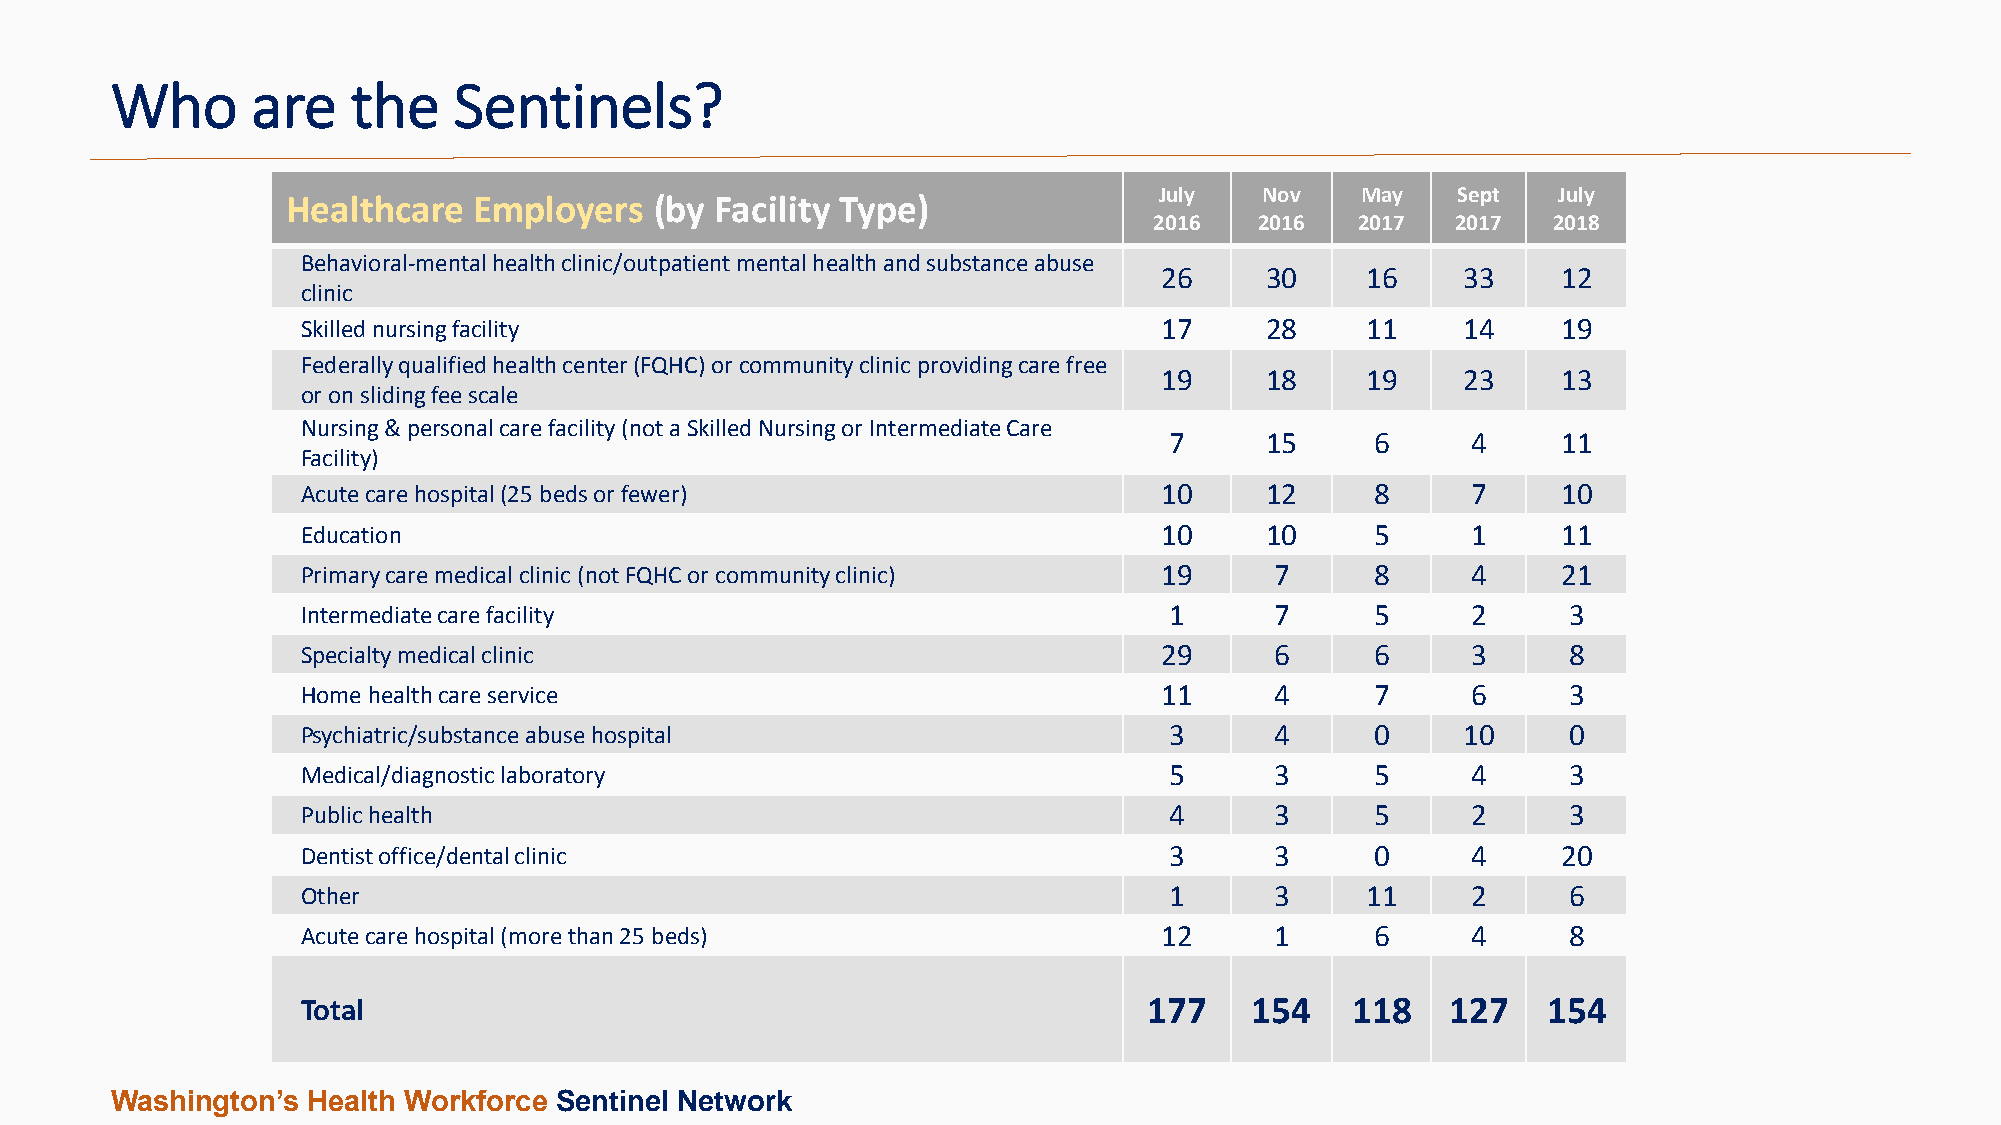
Who       are   the    Sentinels?
 July   Nov   May   Sept   July
 Healthcare  Employers   (by Facility Type)
 2016   2016   2017  2017   2018
 Behavioral-mental health clinic/outpatient mental health and substance abuse
 26     30    16     33    12
 clinic
 Skilled nursing facility                                 17     28    11     14    19
 Federally qualified health center (FQHC) or community clinic providing care free
 19     18    19     23    13
 or on sliding fee scale
 Nursing & personal care facility (not a Skilled Nursing or Intermediate Care
 7      15     6     4     11
 Facility)
 Acute care hospital (25 beds or fewer)                   10     12     8     7     10
 Education                                                10     10     5     1     11
 Primary care medical clinic (not FQHC or community clinic) 19   7      8     4     21
 Intermediate care facility                               1      7      5     2      3
 Specialty medical clinic                                 29     6      6     3      8
 Home health care service                                 11     4      7     6      3
 Psychiatric/substance abuse hospital                     3      4      0     10     0
 Medical/diagnostic laboratory                            5      3      5     4      3
 Public health                                            4      3      5     2      3
 Dentist office/dental clinic                             3      3      0     4     20
 Other                                                    1      3     11     2      6
 Acute care hospital (more than 25 beds)                  12     1      6     4      8
 Total                                                   177    154   118    127   154
 Washington’s Health Workforce Sentinel Network